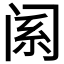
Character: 𬮩